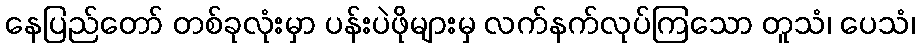
နေပြည်တော် တစ်ခုလုံးမှာ ပန်းပဲဖိုများမှ လက်နက်လုပ်ကြသော တူသံ၊ ပေသံ၊